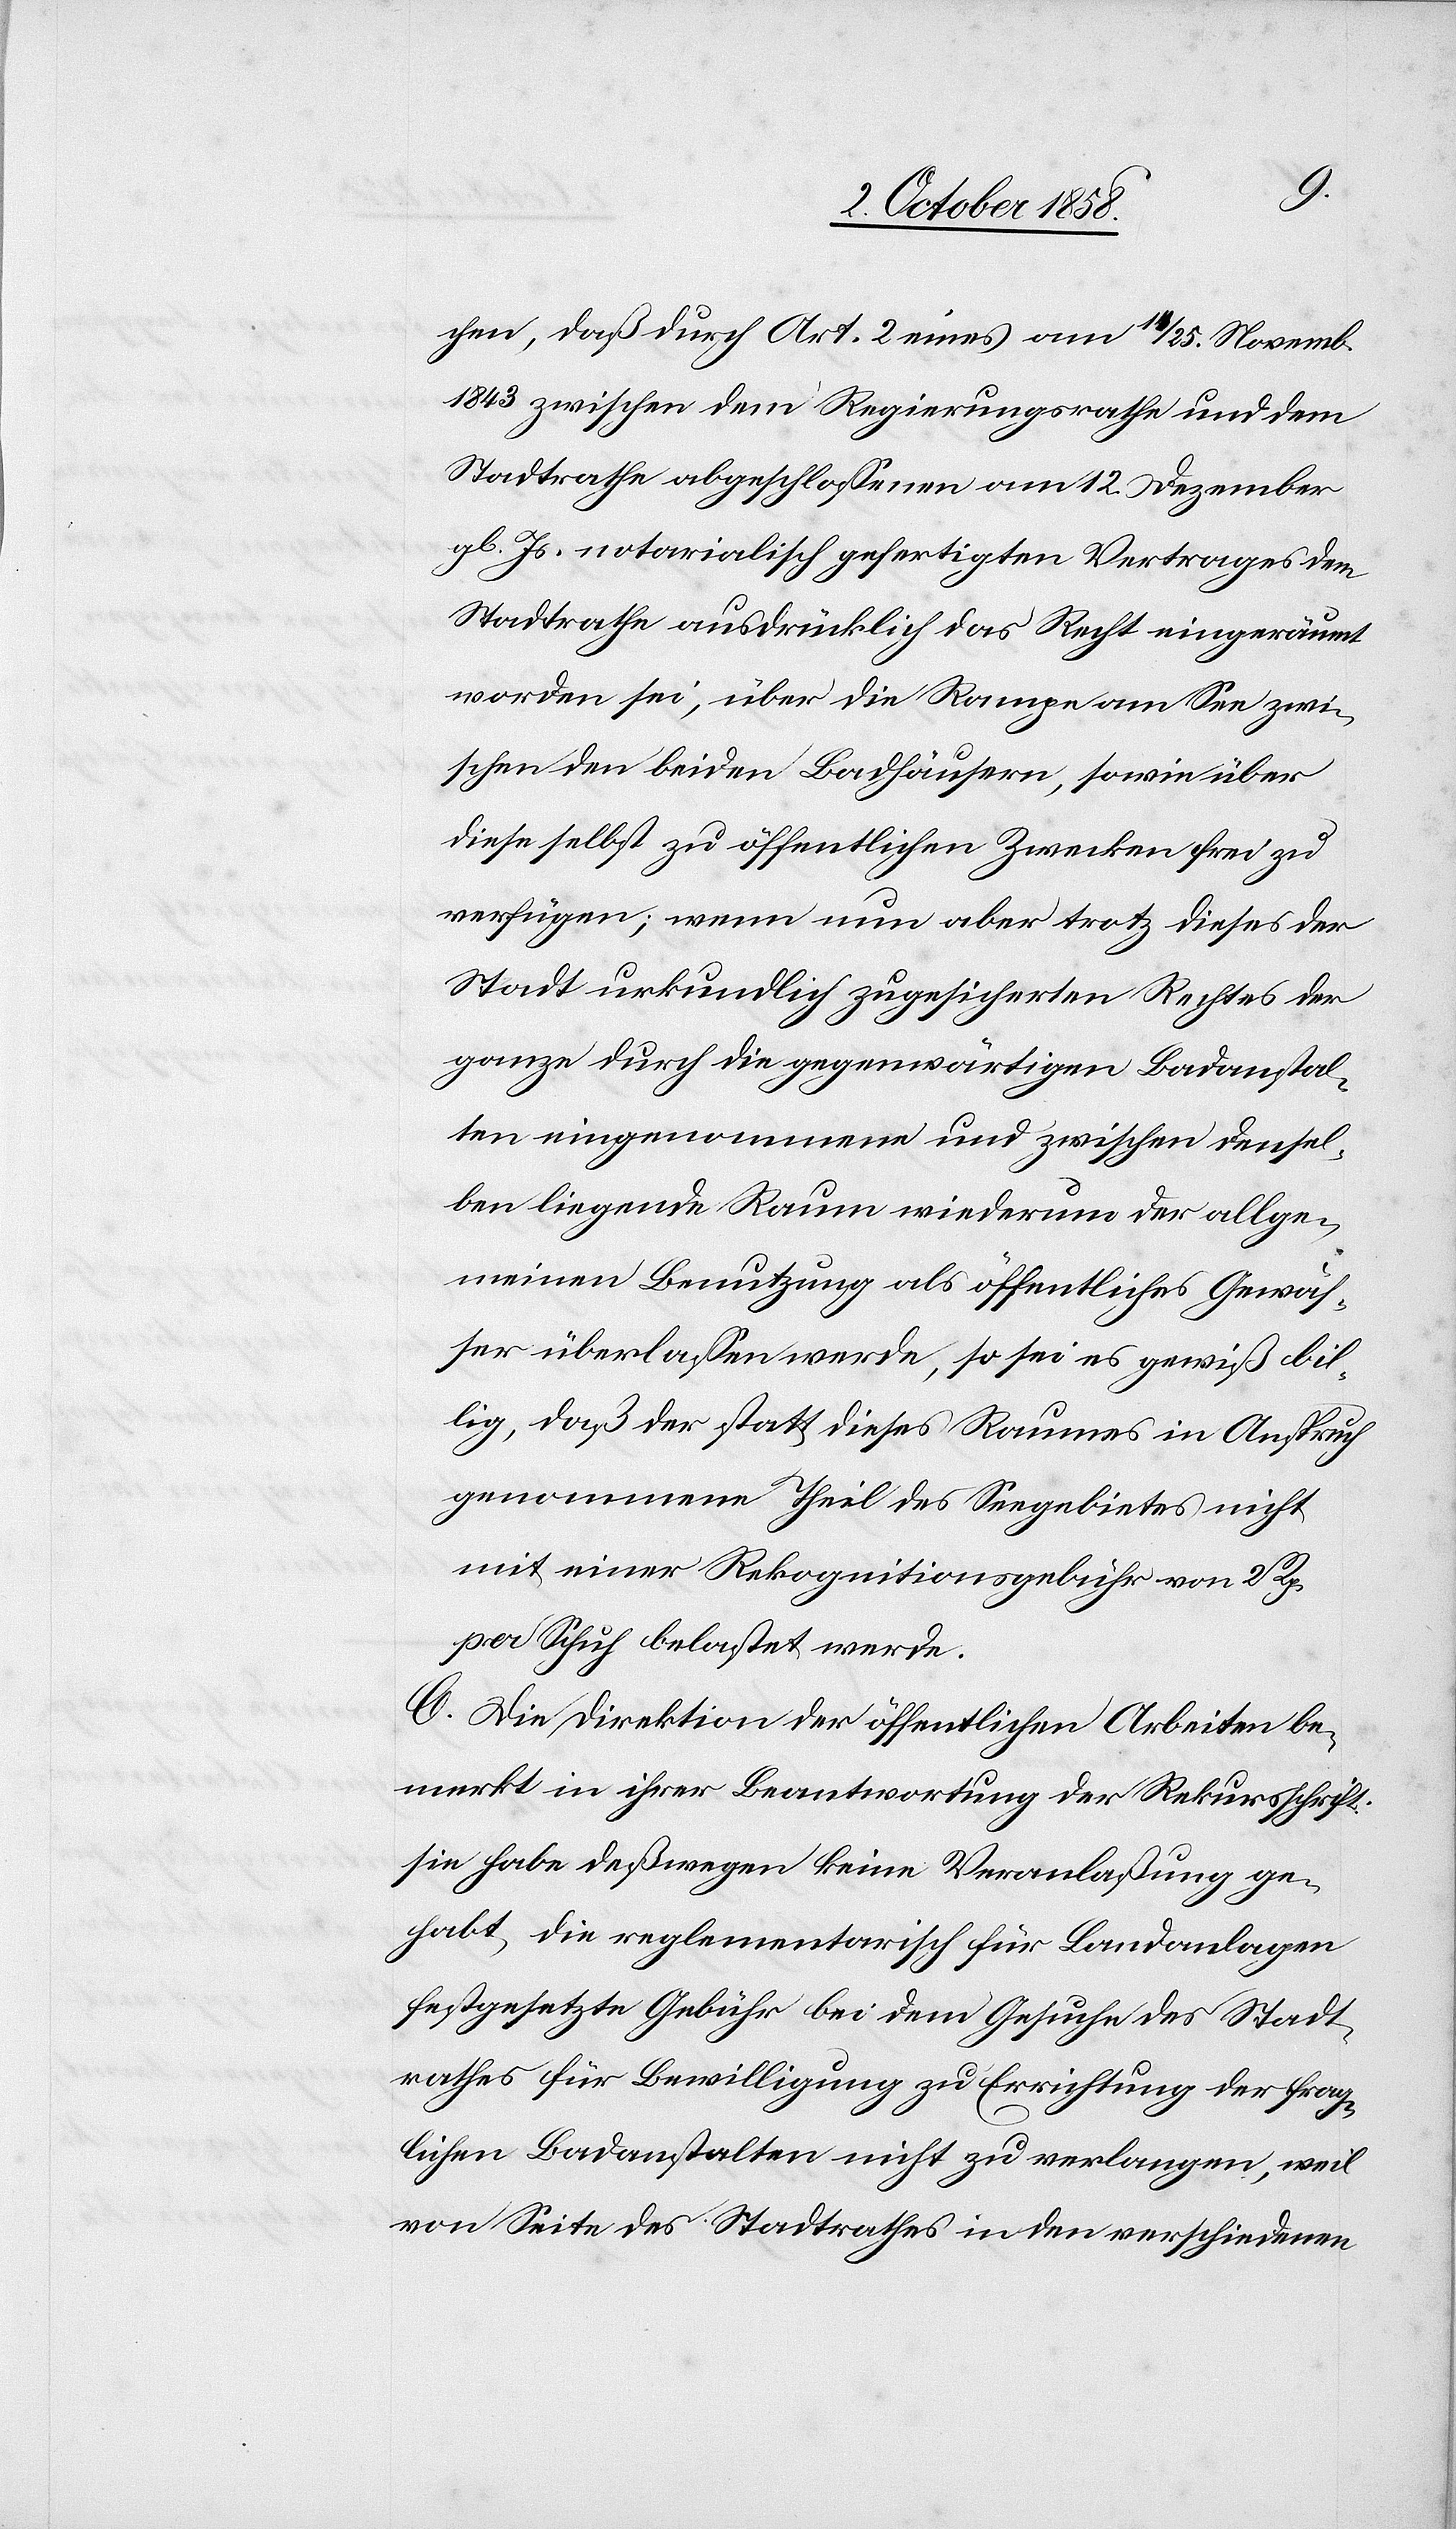
chen, daß durch Art. 2 eines am 1[?4] / 25. Novemb.
1843 zwischen dem Regierungsrathe und dem
Stadtrathe abgeschlossenen am 12. Dezember
gl. Js. notarialisch gefertigten Vertrages dem
Stadtrathe ausdrücklich das Recht eingeräumt
worden sei, über die Rampe am See zwi¬
schen den beiden Badhäusern, sowie über
diese selbst zu öffentlichen Zwecken frei zu
verfügen; wenn nun aber trotz dieses der
Stadt urkundlich zugesicherten Rechtes der
ganze durch die gegenwärtigen Badanstal¬
ten eingenommene und zwischen densel¬
ben liegende Raum wiederum der allge¬
meinen Benutzung als öffentliches Gewäs¬
ser überlassen werde, so sei es gewiß bil¬
lig, daß der statt dieses Raumes in Anspruch
genommene Theil des Seegebietes nicht
mit einer Rekognitionsgebühr von 2 Rp.
per Schuh belastet werde.
C. Die Direktion der öffentlichen Arbeiten be¬
merkt in ihrer Beantwortung der Rekursschrift:
sie habe deßwegen keine Veranlaßung ge¬
habt, die reglementarisch für Landanlagen
festgesetzte Gebühr bei dem Gesuche des Stadt¬
rathes für Bewilligung zu Errichtung der frag¬
lichen Badanstalten nicht zu verlangen, weil
von Seite des Stadtrathes in den verschiedenen